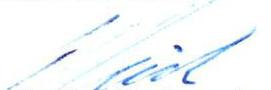
T.E. Teir